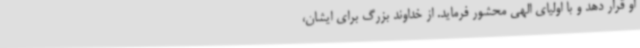
او قرار دهد و با اولیای الهی محشور فرماید. از خداوند بزرگ برای ایشان،